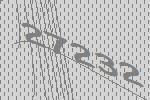
27232